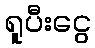
ရူပီးငွေ